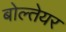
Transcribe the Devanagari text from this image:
बोल्तेयर